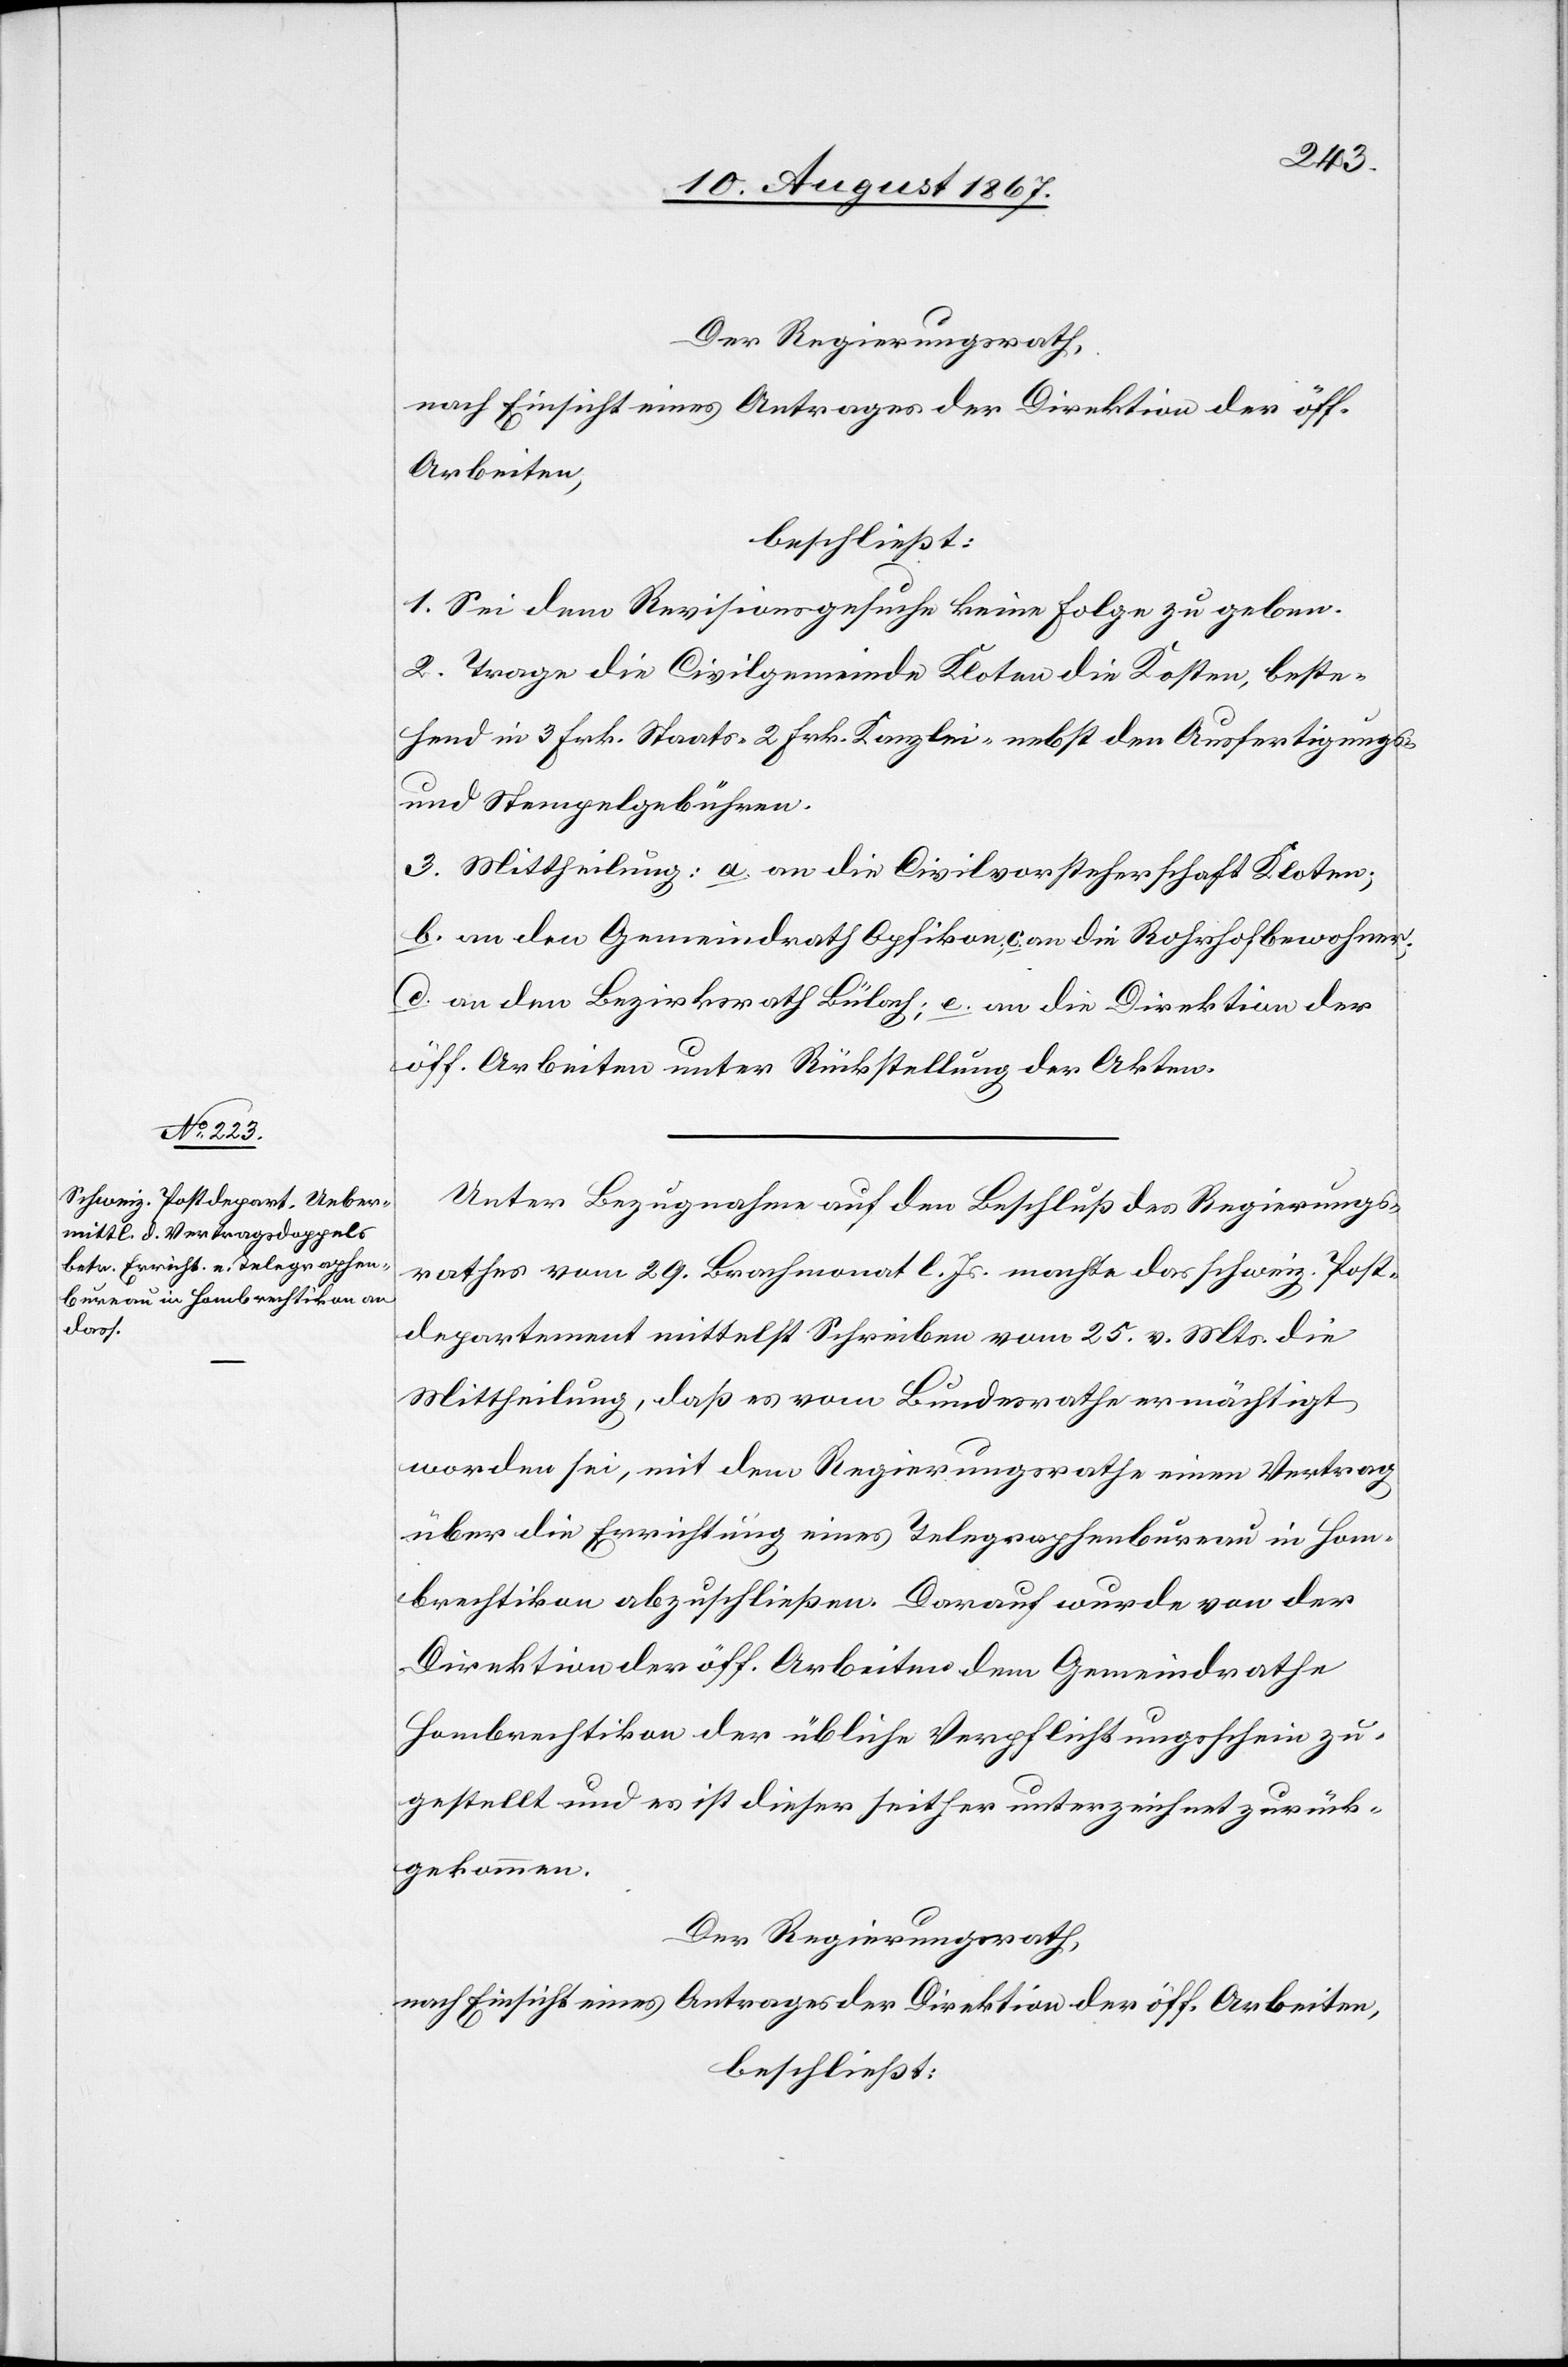
Der Regierungsrath,
nach Einsicht eines Antrages der Direktion der öff.
Arbeiten,
beschließt:
1. Sei dem Revisionsgesuche keine Folge zu geben.
2. Trage die Civilgemeinde Kloten die Kosten, beste¬
hend in 3 Frk. Staats-[,] 2 Frk. Kanzlei- nebst den Ausfertigungs-
und Stempelgebühren.
3. Mittheilung: a. an die Civilvorsteherschaft Kloten;
b. an den Gemeindrath Opfikon, c. an die Rohrhofbewohner,
d. an den Bezirksrath Bülach; e. an die Direktion der
öff. Arbeiten unter Rückstellung der Akten.
Unter Bezugnahme auf den Beschluß des Regierungs¬
rathes vom 29. Brachmonat l. Js. machte das schweiz. Post¬
departement mittelst Schreiben vom 25. v. Mts. die
Mittheilung, daß es vom Bundesrathe ermächtigt
worden sei, mit dem Regierungsrathe einen Vertrag
über die Errichtung eines Telegraphenbureaus in Hom¬
brechtikon abzuschließen. Darauf wurde von der
Direktion der öff. Arbeiten dem Gemeindrathe
Hombrechtikon der übliche Verpflichtungsschein zu¬
gestellt und es ist dieser seither unterzeichnet zurück¬
gekommen.
Der Regierungsrath,
nach Einsicht eines Antrages der Direktion der öff. Arbeiten,
beschließt: